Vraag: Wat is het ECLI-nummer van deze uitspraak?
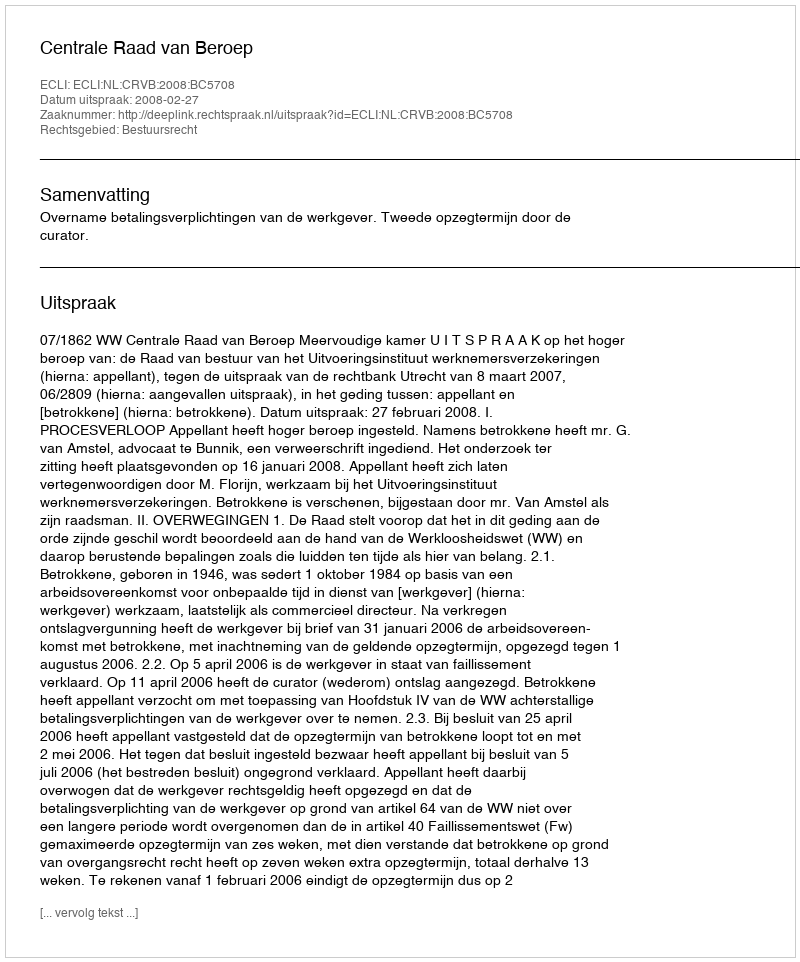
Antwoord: ECLI:NL:CRVB:2008:BC5708